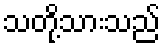
သတို့သားသည်